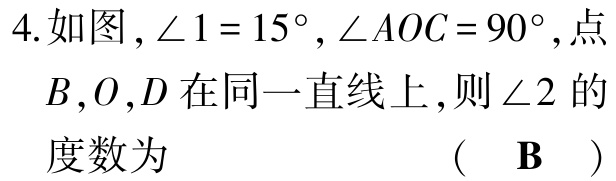
4.如图，$\angle 1 = 15^{\circ},\angle AOC = 90^{\circ}$,点$B,O,D$在同一直线上,则$\angle 2$的度数为 （ B ）